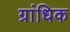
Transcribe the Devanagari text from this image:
ग्रांधिक